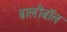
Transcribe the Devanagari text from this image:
बालीबॉल